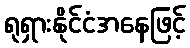
ရုရှားနိုင်ငံအနေဖြင့်